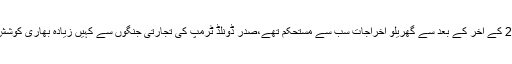
2014 کے آخر کے بعد سے گھریلو اخراجات سب سے مستحکم تھے،صدر ڈونلڈ ٹرمپ کی تجارتی جنگوں سے کہیں زیادہ بھاری کوشش ہے۔